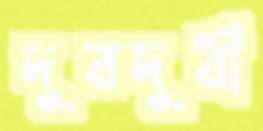
দুরদুরী